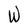
Character: W